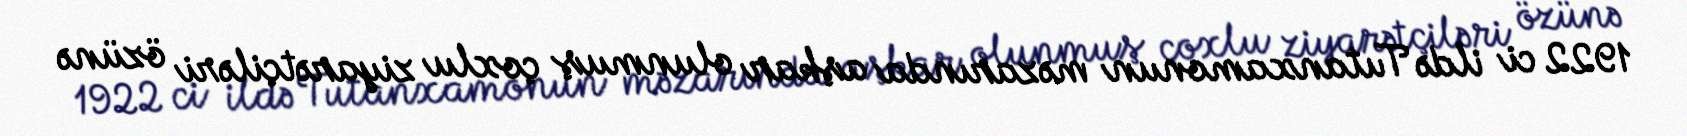
1922 ci ildə Tutanxamonun məzarında aşkar olunmuş çoxlu ziyarətçiləri özünə